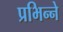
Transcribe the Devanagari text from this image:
प्रभिन्ने